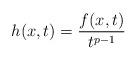
LaTeX: \begin{align*}\ h(x,t)=\frac{f(x,t)}{t^{p-1}}\end{align*}